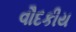
વૌદકીય